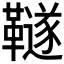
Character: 𩍚